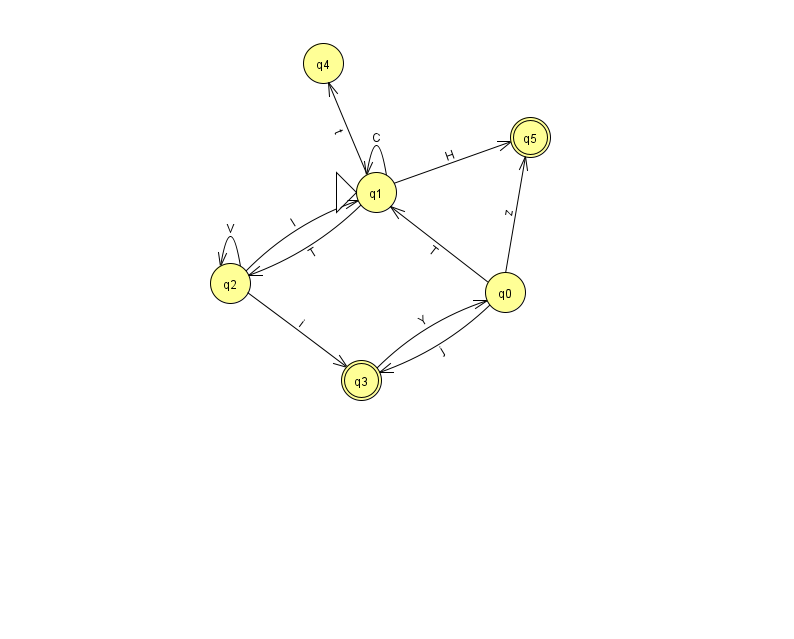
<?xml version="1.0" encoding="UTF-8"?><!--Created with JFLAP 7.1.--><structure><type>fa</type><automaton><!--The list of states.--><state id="0" name="q0"><x>505.0</x><y>279.0</y></state><state id="1" name="q1"><x>376.0</x><y>179.0</y><initial/></state><state id="2" name="q2"><x>230.0</x><y>270.0</y></state><state id="3" name="q3"><x>361.0</x><y>367.0</y><final/></state><state id="4" name="q4"><x>323.0</x><y>50.0</y></state><state id="5" name="q5"><x>530.0</x><y>124.0</y><final/></state><!--The list of transitions.--><transition><from>1</from><to>5</to><read>H</read></transition><transition><from>3</from><to>0</to><read>Y</read></transition><transition><from>0</from><to>3</to><read>j</read></transition><transition><from>1</from><to>1</to><read>C</read></transition><transition><from>2</from><to>3</to><read>i</read></transition><transition><from>2</from><to>1</to><read>l</read></transition><transition><from>2</from><to>2</to><read>V</read></transition><transition><from>0</from><to>1</to><read>T</read></transition><transition><from>1</from><to>4</to><read>t</read></transition><transition><from>0</from><to>5</to><read>z</read></transition><transition><from>1</from><to>2</to><read>T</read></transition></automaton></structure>